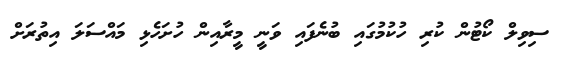
ސިވިލް ކޯޓުން ކުރި ހުކުމުގައި ބުނެފައި ވަނީ މީރާއިން ހުށަހެޅި މައްސަލަ އިތުރަށް